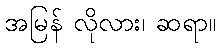
အမြန် လိုလား၊ ဆရာ။